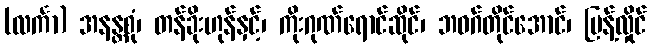
(လင်္ကာ) အနန္တစုံ၊ တန်ခိုးဟုန်နှင့်၊ ကိုးဂုဏ်ရောင်ဆိုင်၊ ဘဝဂ်တိုင်အောင်၊ ပြန့်လှိုင်